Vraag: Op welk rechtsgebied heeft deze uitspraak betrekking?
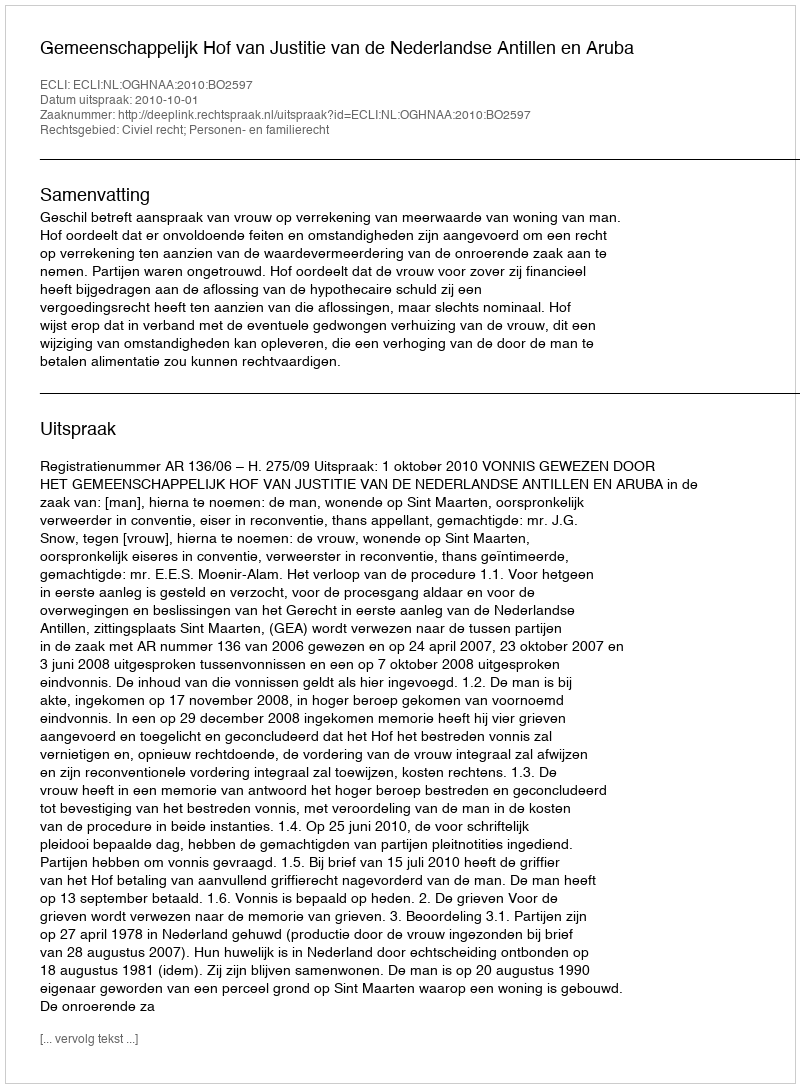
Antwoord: Civiel recht; Personen- en familierecht